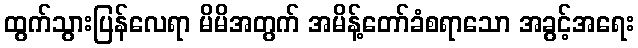
ထွက်သွားပြန်လေရာ မိမိအတွက် အမိန့်တော်ခံစရာသော အခွင့်အရေး